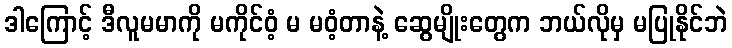
ဒါကြောင့် ဒီလူမမာကို မကိုင်ဝံ့ မ မဝံ့တာနဲ့ ဆွေမျိုးတွေက ဘယ်လိုမှ မပြုနိုင်ဘဲ